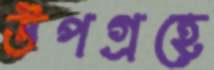
উপগ্রহে